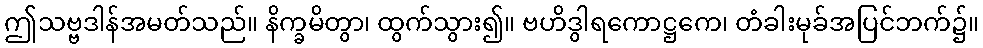
ဤသဗ္ဗဒါန်အမတ်သည်။ နိက္ခမိတွာ၊ ထွက်သွား၍။ ဗဟိဒွါရကောဋ္ဌကေ၊ တံခါးမုခ်အပြင်ဘက်၌။